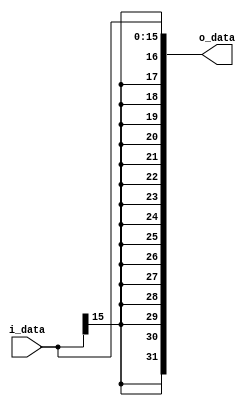
module signExtend(i_data, o_data);
input   [15:0]  i_data;
output  [31:0]  o_data;

    assign o_data[31:0] = { {16{i_data[15]}}, i_data[15:0] };
    
endmodule